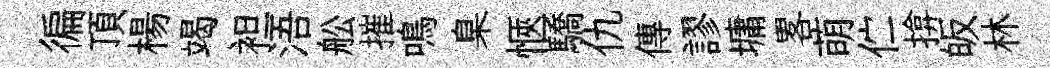
徧頂楊竭袒浯舩摧鳴臬愜驕仇傳謬墉畧萌伫揜皈林